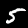
Digit: 5